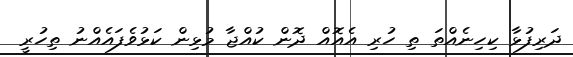
ދަރިފުޅާ ކިހިނެއްތަ ތި ހުރި އެއޮއް ދޮން ކުއްޖާ މުޅިން ކަޅުވެފައެއްނު ތިހުރީ